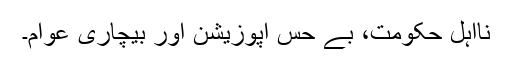
نااہل حکومت، بے حس اپوزیشن اور بیچاری عوام۔